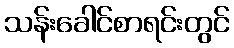
သန်းခေါင်စာရင်းတွင်